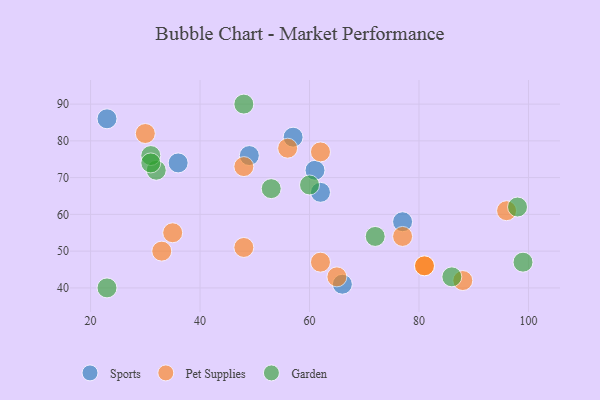
{"axis": {"x": "GDP", "y": "Life Expectancy"}, "legend": ["Garden", "Pet Supplies", "Sports"], "data": [{"x": "36", "y": 74, "type": "Sports"}, {"x": "57", "y": 81, "type": "Sports"}, {"x": "61", "y": 72, "type": "Sports"}, {"x": "23", "y": 86, "type": "Sports"}, {"x": "62", "y": 66, "type": "Sports"}, {"x": "66", "y": 41, "type": "Sports"}, {"x": "77", "y": 58, "type": "Sports"}, {"x": "49", "y": 76, "type": "Sports"}, {"x": "96", "y": 61, "type": "Pet Supplies"}, {"x": "81", "y": 46, "type": "Pet Supplies"}, {"x": "88", "y": 42, "type": "Pet Supplies"}, {"x": "33", "y": 50, "type": "Pet Supplies"}, {"x": "81", "y": 46, "type": "Pet Supplies"}, {"x": "30", "y": 82, "type": "Pet Supplies"}, {"x": "65", "y": 43, "type": "Pet Supplies"}, {"x": "62", "y": 47, "type": "Pet Supplies"}, {"x": "62", "y": 77, "type": "Pet Supplies"}, {"x": "77", "y": 54, "type": "Pet Supplies"}, {"x": "48", "y": 73, "type": "Pet Supplies"}, {"x": "48", "y": 51, "type": "Pet Supplies"}, {"x": "35", "y": 55, "type": "Pet Supplies"}, {"x": "56", "y": 78, "type": "Pet Supplies"}, {"x": "32", "y": 72, "type": "Garden"}, {"x": "86", "y": 43, "type": "Garden"}, {"x": "31", "y": 76, "type": "Garden"}, {"x": "23", "y": 40, "type": "Garden"}, {"x": "48", "y": 90, "type": "Garden"}, {"x": "31", "y": 74, "type": "Garden"}, {"x": "99", "y": 47, "type": "Garden"}, {"x": "72", "y": 54, "type": "Garden"}, {"x": "60", "y": 68, "type": "Garden"}, {"x": "98", "y": 62, "type": "Garden"}, {"x": "53", "y": 67, "type": "Garden"}]}